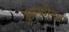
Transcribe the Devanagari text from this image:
डुबकीचा